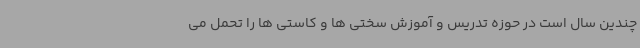
چندین سال است در حوزه تدریس و آموزش سختی ها و کاستی ها را تحمل می